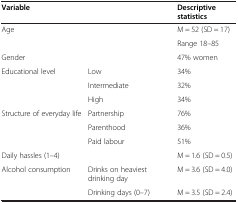
| Variable |  | Descriptive statistics |
 | --- | --- | --- |
 | <ROWSPAN=2> Age | <ROWSPAN=2>  | M = 52 (SD = 17) |
 | Range 18–85 |
 | Gender |  | 47% women |
 | Educational level | Low | 34% |
 |  | Intermediate | 32% |
 |  | High | 34% |
 | Structure of everyday life | Partnership | 76% |
 |  | Parenthood | 36% |
 |  | Paid labour | 51% |
 | Daily hassles (1–4) |  | M = 1.6 (SD = 0.5) |
 | Alcohol consumption | Drinks on heaviest drinking day | M = 3.6 (SD = 4.0) |
 |  | Drinking days (0–7) | M = 3.5 (SD = 2.4) |